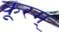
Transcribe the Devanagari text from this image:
कूरम्